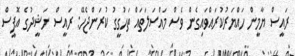
ރައީސް ޔާމީން ހައްޔަރުކުރައްވައިގެން ވެސް މައްސަލަތައް ތަހުގީގު ކުރަންޖެހޭ: ރައީސް ނަޝީދުގެ އޮފީސް